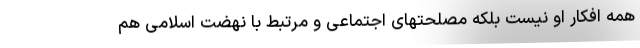
همه افکار او نیست بلکه مصلحتهای اجتماعی و مرتبط با نهضت اسلامی هم